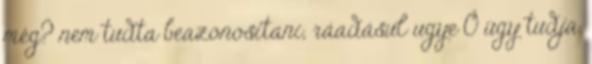
még? nem tudta beazonosítani, ráadásul ugye Ő úgy tudja,